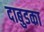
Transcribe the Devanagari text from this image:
दाबुडका